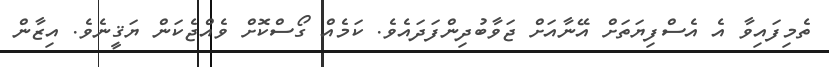
ތެމިފައިވާ އެ އެސްފިޔަތަށް އޭނާއަށް ޖަވާބުދިންފަދައެވެ. ކަމެއް ގޯސްކޮށް ވެއްޖެކަން ޔަޤީނެވެ. އިޒާން